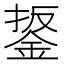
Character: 鋬